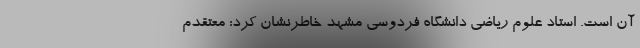
آن است. استاد علوم ریاضی دانشگاه فردوسی مشهد خاطرنشان کرد: معتقدم